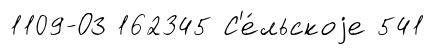
1109-ОЗ 162345 С'е́льскоjе 541